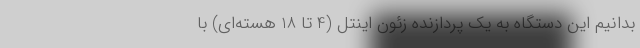
بدانیم این دستگاه به یک پردازنده زئون اینتل (4 تا 18 هسته‌ای) با